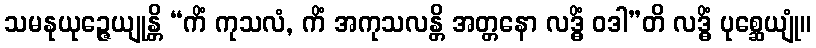
သမနုယုဉ္ဇေယျုန္တိ “ကိံ ကုသလံ, ကိံ အကုသလန္တိ အတ္တနော လဒ္ဓိံ ဝဒါ”တိ လဒ္ဓိံ ပုစ္ဆေယျုံ။